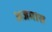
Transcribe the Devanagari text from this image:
अजमास